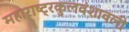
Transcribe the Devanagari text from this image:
महाराष्ट्रकुलवंशावली